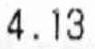
4.13